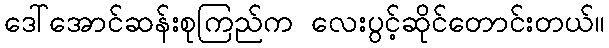
ဒေါ်အောင်ဆန်းစုကြည်က လေးပွင့်ဆိုင်တောင်းတယ်။